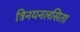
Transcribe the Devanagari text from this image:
त्रिनयनलसिता